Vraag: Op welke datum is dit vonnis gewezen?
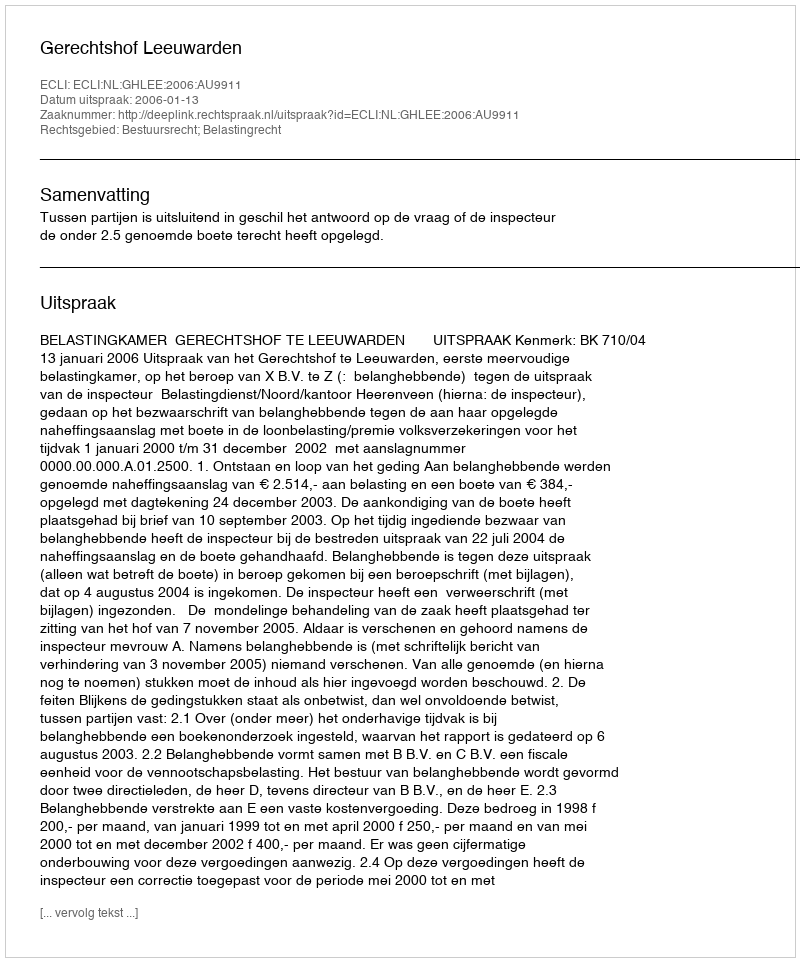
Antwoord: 2006-01-13